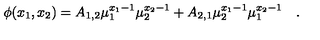
\phi ( x _ { 1 } , x _ { 2 } ) = A _ { 1 , 2 } \mu _ { 1 } ^ { x _ { 1 } - 1 } \mu _ { 2 } ^ { x _ { 2 } - 1 } + A _ { 2 , 1 } \mu _ { 2 } ^ { x _ { 1 } - 1 } \mu _ { 1 } ^ { x _ { 2 } - 1 } \quad .